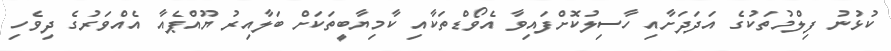
ކުޅުނު ފިލްމުތަކުގެ އަދަދަށާއި ހާސިލުކޮށްފައިވާ އެވޯޑްތަކާއި ކާމިޔާބީތަކަށް ބަލާއިރު ޔޫއްޕެއާ އެއްވަރުގެ ދިވެހި